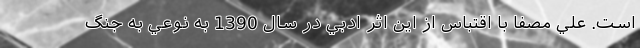
است. علي مصفا با اقتباس از اين اثر ادبي در سال 1390 به نوعي به جنگ